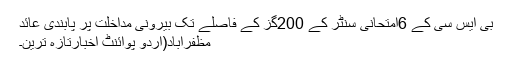
بی ایس سی کے 6امتحانی سنٹر کے 200گز کے فاصلے تک بیرونی مداخلت پر پابندی عائد
مظفرآباد(اُردو پوائنٹ اخبارتازہ ترین۔